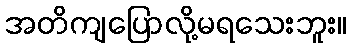
အတိကျပြောလို့မရသေးဘူး။